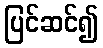
ပြင်ဆင်၍